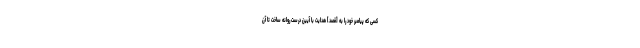
كسى كه پيامبر خود را به [قصد] هدايت با آيين درست روانه ساخت تا آن